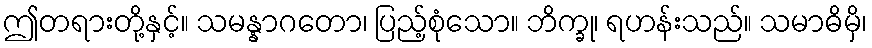
ဤတရားတို့နှင့်။ သမန္နာဂတော၊ ပြည့်စုံသော။ ဘိက္ခု၊ ရဟန်းသည်။ သမာဓိမှိ၊